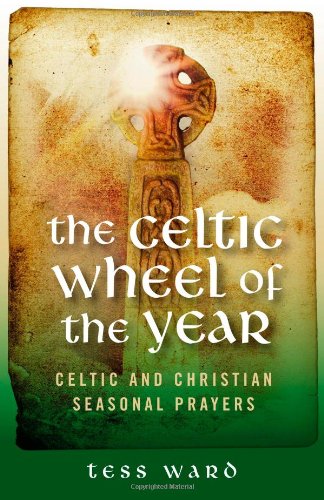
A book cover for Celtic Wheel of the Year: Old Celtic and Christian Prayers; Tess Ward; Religion & Spirituality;